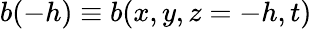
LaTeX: b(-h)\equiv b(x,y,z=-h,t)